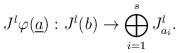
LaTeX: \begin{gather*}J^{l}\varphi(\underline{a}):J^{l}(b)\rightarrow\bigoplus_{i=1}^{s}J^{l}_{a_{i}}.\end{gather*}